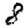
Digit: 8